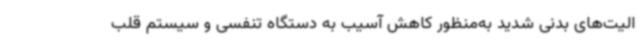
الیت‌های بدنی شدید به‌منظور کاهش آسیب به دستگاه تنفسی و سیستم قلب